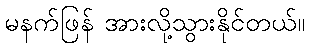
မနက်ဖြန် အားလို့သွားနိုင်တယ်။